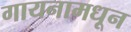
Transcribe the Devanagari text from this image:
गायनामधून